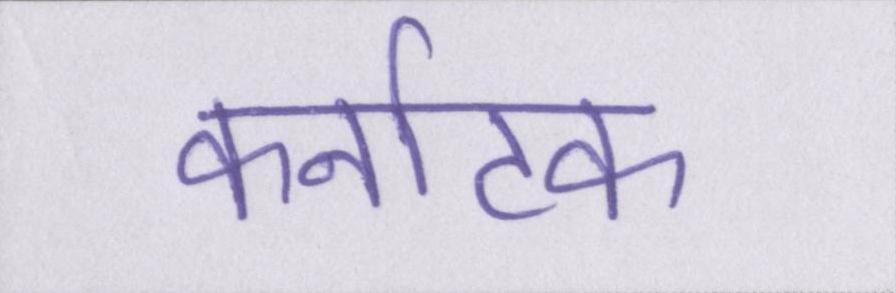
कर्नाटक